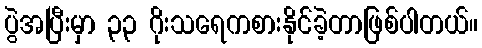
ပွဲအပြီးမှာ ၃၃ ဂိုးသရေကစားနိုင်ခဲ့တာဖြစ်ပါတယ်။